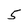
Character: 5